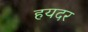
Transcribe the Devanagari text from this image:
हयदर